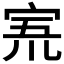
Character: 𡨓